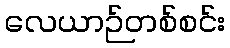
လေယာဉ်တစ်စင်း